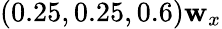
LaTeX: (0.25,0.25,0.6)\mathbf{w}_{x}